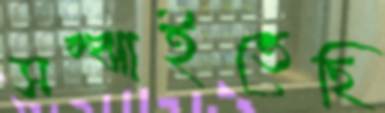
সম্‌ঝাইতেছি